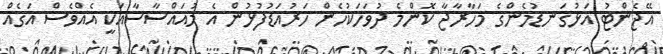
އޭޖެންޓު އަޅުގަނޑުމެންގެ މަހާރާޖާ ކޮންމެ ދުވަހަކުހެން ހަރުއަޑުފުޅުން އެ މުއައްސާސާއަކީ އެއްވެސް އަގެއް